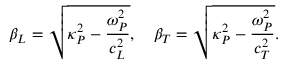
\beta _ { L } = \sqrt { \kappa _ { P } ^ { 2 } - \frac { \omega _ { P } ^ { 2 } } { c _ { L } ^ { 2 } } } , \quad \beta _ { T } = \sqrt { \kappa _ { P } ^ { 2 } - \frac { \omega _ { P } ^ { 2 } } { c _ { T } ^ { 2 } } } .